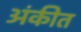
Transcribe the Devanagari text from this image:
अंकीत